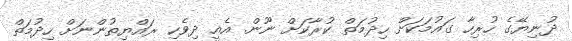
ދުނިޔޭގެ ހުރިހާ ގައުމަކަށް ހިދުމަތް ކުރާކަށް ނޫން. އެއީ ދިވެހި ރައްޔިތުންނަށް ހިދުމަތް